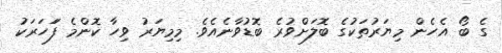
ގެ ބޯ އެހެން މިޔަރުތަކުގެ ބޮލަށްވުރެ ބޮޑުވާނެއެވެ. މިމިޔަރު ވިހާ ކޮންމެ ފަަހަރަކު